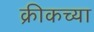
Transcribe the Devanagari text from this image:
क्रीकच्या